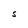
Character: S